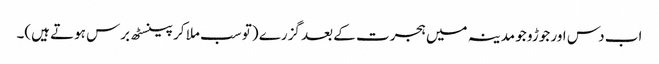
اب دس اور جوڑو جو مدینہ میں ہجرت کے بعد گزرے (تو سب ملا کر پینسٹھ برس ہوتے ہیں)۔